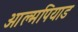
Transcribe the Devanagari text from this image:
ओल्मपियाड